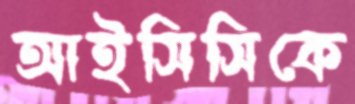
আইসিসিকে